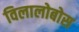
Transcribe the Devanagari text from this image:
विलालोबोस